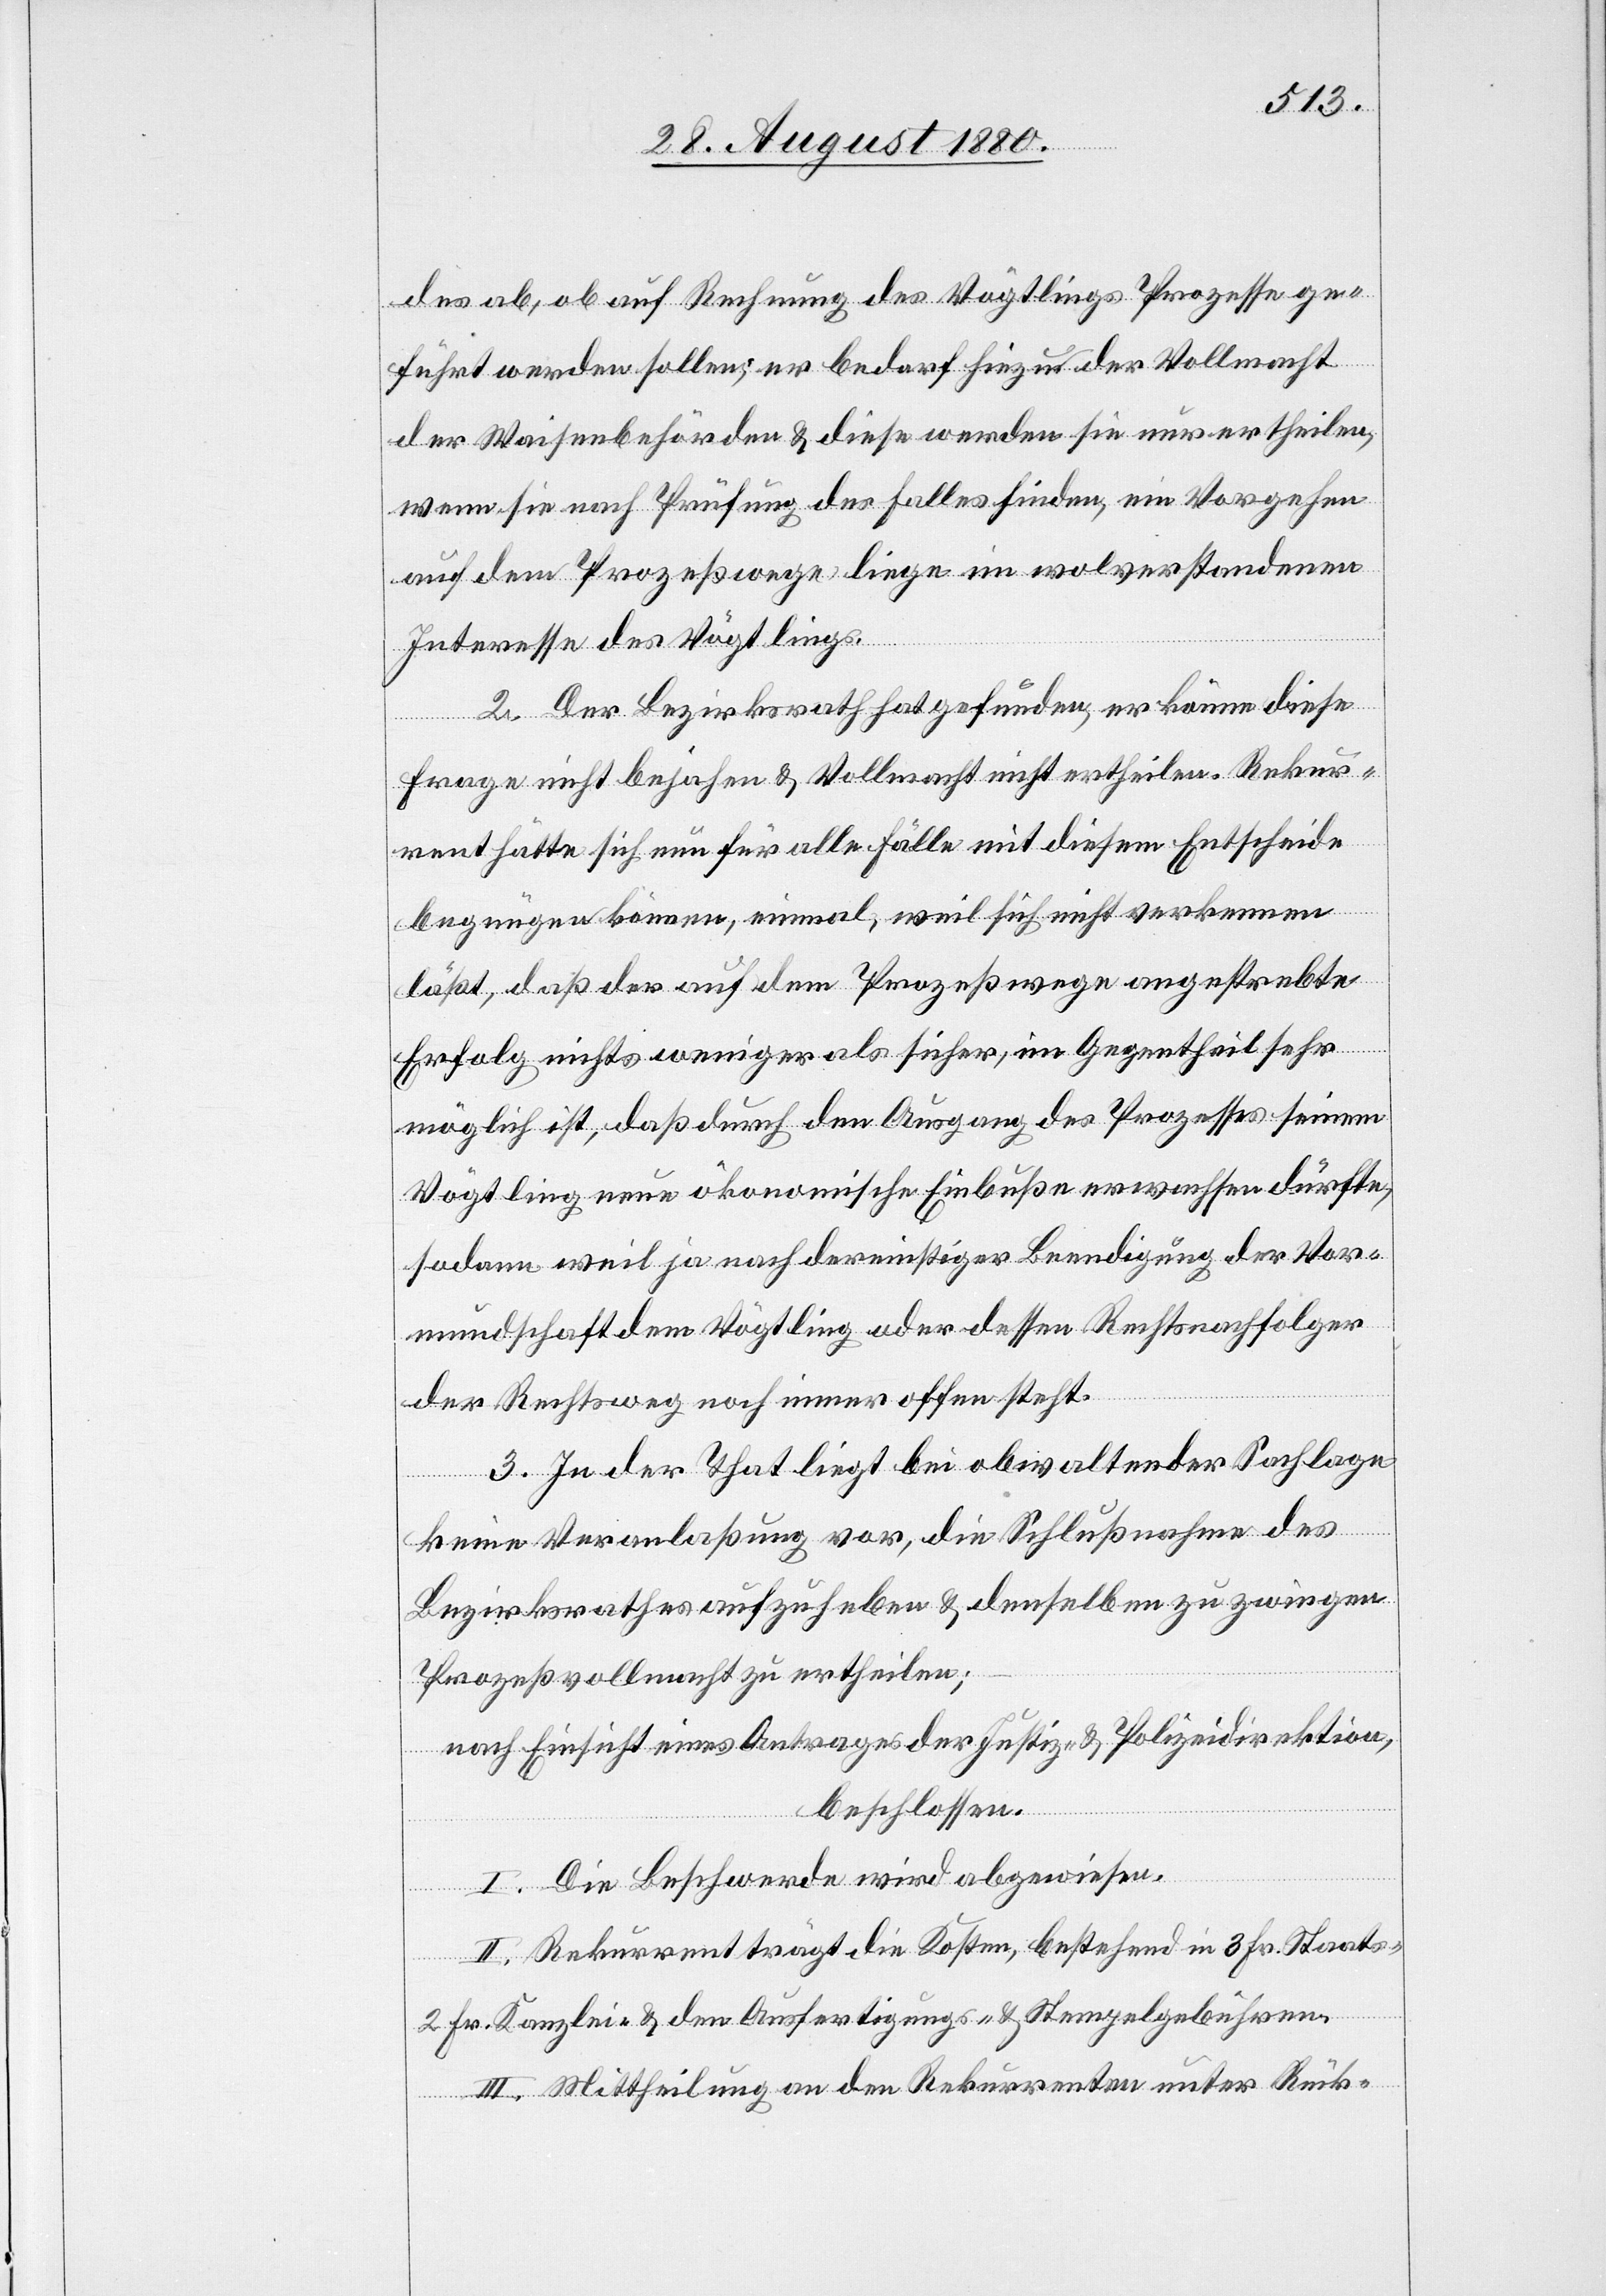
des ab, ob auf Rechnung des Vögtlings Prozesse ge¬
führt werden sollen, er bedarf hiezu der Vollmacht
der Waisenbehörden & diese werden sie nur ertheilen,
wenn sie nach Prüfung des Falles finden, ein Vorgehen
auf dem Prozeßwege liege im wolverstandenen
Interesse des Vögtlings.
2. Der Bezirksrath hat gefunden, er könne diese
Frage nicht bejahen & Vollmacht nicht ertheilen. Rekur¬
rent hätte sich nun für alle Fälle mit diesem Entscheide
begnügen können, einmal, weil sich nicht verkennen
läßt, daß der auf dem Prozeßwege angestrebte
Erfolg nicht weniger als sicher, im Gegentheil sehr
möglich ist, daß durch den Ausgang des Prozesses seinem
Vögtling neue ökonomische Einbuße erwachsen dürfte,
sodann weil ja nach dereinstiger Bedingung der Vor¬
mundschaft dem Vögtling oder dessen Rechtsnachfolger
der Rechtsweg noch immer offen steht.
3. In der That liegt bei obwaltender Sachlage
keine Veranlaßung vor, die Schlußnahme des
Bezirksrathes aufzuheben & denselben zu zwingen
Prozeßvollmacht zu ertheilen;
nach Einsicht eines Antrages der Justiz- & Polizeidirektion,
beschlossen.
I. Die Beschwerde wird abgewiesen.
II. Rekurrent trägt die Kosten, bestehend in 3 Fr. Staats-[,]
2 Fr. Kanzlei- & den Ausfertigungs- & Stempelgebühren.
III. Mittheilung an den Rekurrenten unter Rück-